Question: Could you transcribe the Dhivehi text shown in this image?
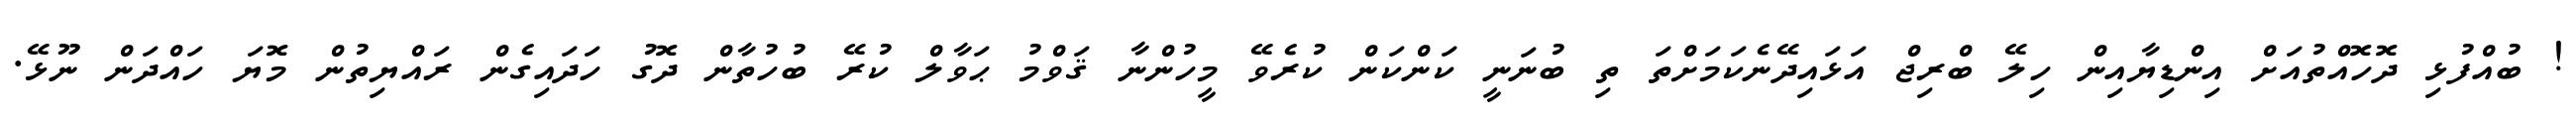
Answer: ! ބުއްފުޅި ދޮހޮއްތުއަށް އިންޑިޔާއިން ހިލޭ ބްރިޖް އަޅައިދޭނެކަމަށްތަ ތި ބުނަނީ ކަންކަން ކުރެވޭ މީހުންނާ ޤަވްމު ޙަވާލް ކުރޭ ބުހުތާން ދޮގު ހަދައިގެން ރައްޔިތުން މޮޔަ ހައްދަން ނޫޅޭ.